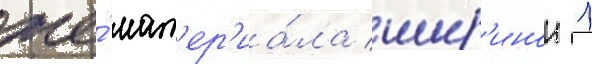
же́ мат'ер'иа́ла шир'инои 1